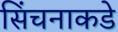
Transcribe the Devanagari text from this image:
सिंचनाकडे